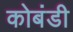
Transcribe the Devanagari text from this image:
कोबंडी